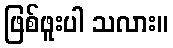
ဖြစ်ဖူးပါ သလား။